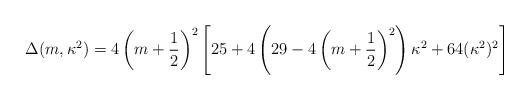
LaTeX: \begin{align*}\Delta(m,\kappa^2) = 4\left(m+\frac12\right)^2\left[25+4\left(29-4\left(m+\frac12\right)^2\right)\kappa^2+64(\kappa^2)^2\right]\end{align*}